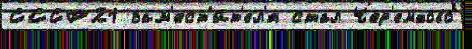
СССР21 зам'ест'и́т'ел'я стал Чер'емхово